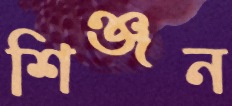
শিঞ্জন